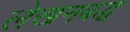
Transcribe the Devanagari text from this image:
लेखनबद्ध